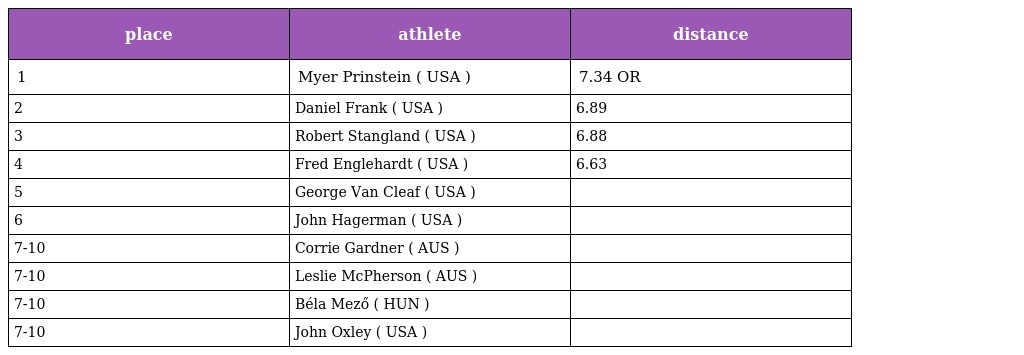
| place | athlete | distance |
 | --- | --- | --- |
 | 1 | Myer Prinstein ( USA ) | 7.34 OR |
 | 2 | Daniel Frank ( USA ) | 6.89 |
 | 3 | Robert Stangland ( USA ) | 6.88 |
 | 4 | Fred Englehardt ( USA ) | 6.63 |
 | 5 | George Van Cleaf ( USA ) |  |
 | 6 | John Hagerman ( USA ) |  |
 | 7-10 | Corrie Gardner ( AUS ) |  |
 | 7-10 | Leslie McPherson ( AUS ) |  |
 | 7-10 | Béla Mező ( HUN ) |  |
 | 7-10 | John Oxley ( USA ) |  |